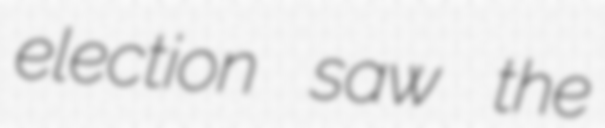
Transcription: election saw the